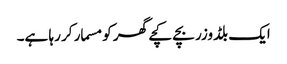
ایک بلڈوزر بچے کچے گھر کو مسمار کر رہا ہے۔